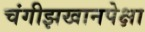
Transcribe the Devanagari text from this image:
चंगीझखानपेक्षा